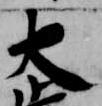
大